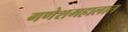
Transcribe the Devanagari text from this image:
गणेशमहालात